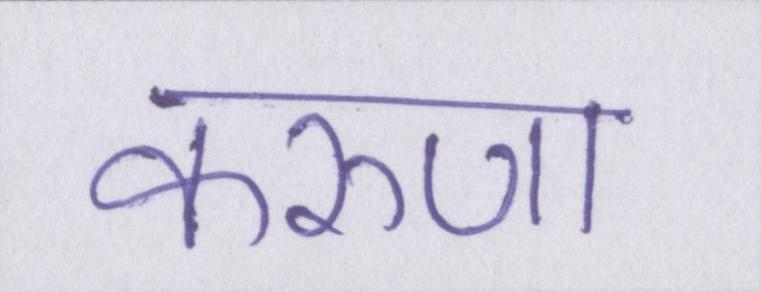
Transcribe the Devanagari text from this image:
करुणा